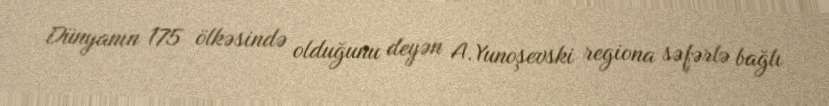
Dünyanın 175 ölkəsində olduğunu deyən A.Yunoşevski regiona səfərlə bağlı